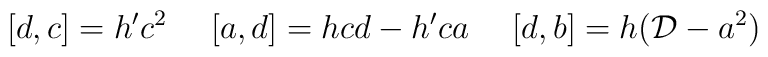
[d,c]=h'c^2 \ \ \ \ [a,d]=hcd-h'ca \ \ \ \ [d,b]=h({\cal D} -a^2)